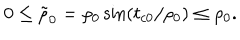
0 \leq \tilde { \rho } _ { 0 } = \rho _ { 0 } \sin \left( t _ { c 0 } / \rho _ { 0 } \right) \leq \rho _ { 0 } .